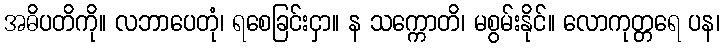
အဓိပတိကို။ လဘာပေတုံ၊ ရစေခြင်းငှာ။ န သက္ကောတိ၊ မစွမ်းနိုင်။ လောကုတ္တရေ ပန၊